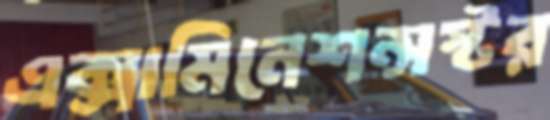
এক্সামিনেশন্সস্টর